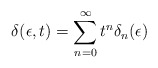
\begin{align*}\delta (\epsilon,t) = \sum_{n = 0}^\infty t^n \delta_n (\epsilon)\end{align*}